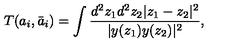
T ( a _ { i } , \bar { a } _ { i } ) = \int { \frac { d ^ { 2 } z _ { 1 } d ^ { 2 } z _ { 2 } | z _ { 1 } - z _ { 2 } | ^ { 2 } } { | y ( z _ { 1 } ) y ( z _ { 2 } ) | ^ { 2 } } } ,